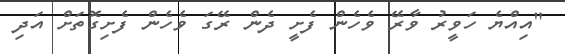
"އިއްޔެ ހަވީރު ވާރޭ ވެހެން ފެށީ ދެން ރޭގަ ވެހެން ފެށިގޮތަށް އަދި